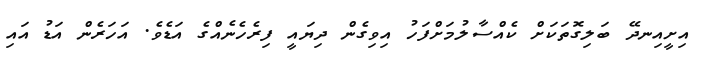
އިށީއިނދޭ ބަލިގޮތަކަށް ކެއްސާލުމަށްފަހު އިވިގެން ދިޔައީ ފިރެހެނެއްގެ އަޑެވެ. އަހަރެން އަޑު އައި